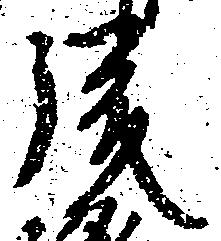
後